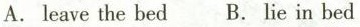
A.leave the bed B. Lie in bed